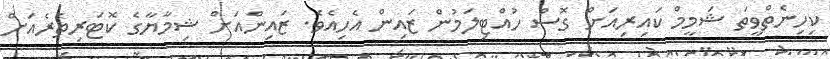
ކިހިނެތްވީތަ ޝަމީމް ކައިރިއަށް ގޮސް ހުއްޓިލަމުން ޒައިން އެހިއެވެ. ޒައިންއަށް ޝިމާޔާގެ ކޮޓަރިތެރެއަށް